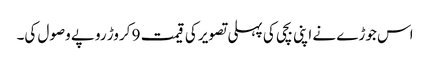
اس جوڑے نے اپنی بچی کی پہلی تصویر کی قیمت 9 کروڑ روپے وصول کی۔